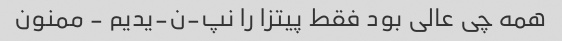
همه چی عالی بود فقط پیتزا را نپ-ن-یدیم - ممنون